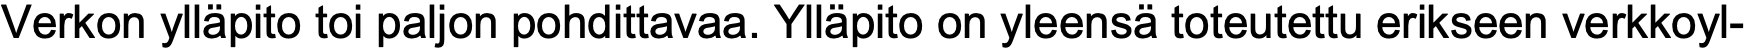
Verkon ylläpito toi paljon pohdittavaa. Ylläpito on yleensä toteutettu erikseen verkkoyl-